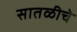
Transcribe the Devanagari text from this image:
सातळीचे